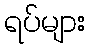
ရပ်များ